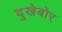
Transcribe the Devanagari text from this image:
दुखेबोर